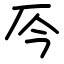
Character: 㕂